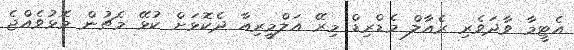
އެޓީމާ ވާދަވެރި ރެއާލް މެޑްރިޑް މިރޭ އަލްމީރިއާ ދެކޮޅަށް ކުޅޭ މެޗުން މޮޅުވެއްޖެ